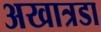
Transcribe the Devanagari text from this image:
अखात्रडा